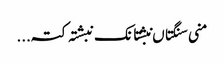
منی سنگتاں نبشتانک نبشتہ کتہ ...